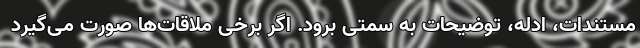
مستندات، ادله، توضیحات به سمتی برود. اگر برخی ملاقات‌ها صورت می‌گیرد